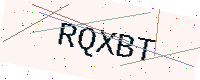
Text: RQXBT